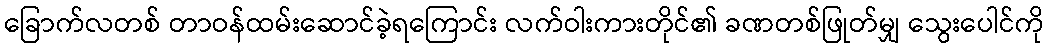
ခြောက်လတစ် တာဝန်ထမ်းဆောင်ခဲ့ရကြောင်း လက်ဝါးကားတိုင်၏ ခဏတစ်ဖြုတ်မျှ သွေးပေါင်ကို